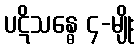
ပဋိသန္ဓေ ၄-မျိုး